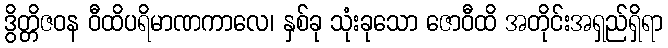
ဒွိတ္တိဇဝန ဝီထိပရိမာဏကာလေ၊ နှစ်ခု သုံးခုသော ဇောဝီထိ အတိုင်းအရှည်ရှိရာ